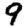
Digit: 9